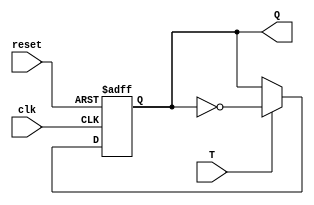
module tLatch(
    input clk,
    input T,
    input reset,
    output reg Q
);

always @(posedge clk, posedge reset) begin
    if (reset) begin
        Q <= 1'b0;
    end else begin
        if (T) begin
            Q <= ~Q;
        end
    end
end

endmodule